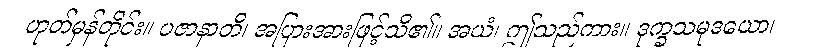
ဟုတ်မှန်တိုင်း။ ပဇာနာတိ၊ အပြားအားဖြင့်သိ၏။ အယံ၊ ဤသည်ကား။ ဒုက္ခသမုဒယော၊